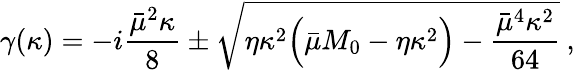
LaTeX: \gamma(\kappa)=-i\displaystyle\frac{\bar{\mu}^{2}\kappa}{8}\pm\sqrt{\eta\kappa^{2}\Bigl(\bar{\mu}M_{0}-\eta\kappa^{2}\Bigr)-\frac{\bar{\mu}^{4}\kappa^{2}}{64}}\: ,